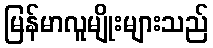
မြန်မာလူမျိုးများသည်